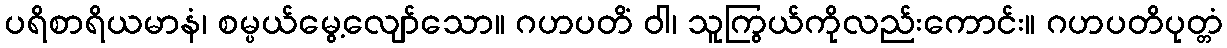
ပရိစာရိယမာနံ၊ စမ္ပယ်မွေ့လျော်သော။ ဂဟပတိံ ဝါ၊ သူကြွယ်ကိုလည်းကောင်း။ ဂဟပတိပုတ္တံ